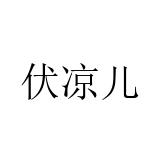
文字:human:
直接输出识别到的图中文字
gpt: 伏凉儿